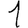
Digit: 1